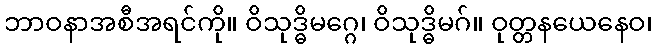
ဘာဝနာအစီအရင်ကို။ ဝိသုဒ္ဓိမဂ္ဂေ၊ ဝိသုဒ္ဓိမဂ်။ ဝုတ္တနယေနေဝ၊